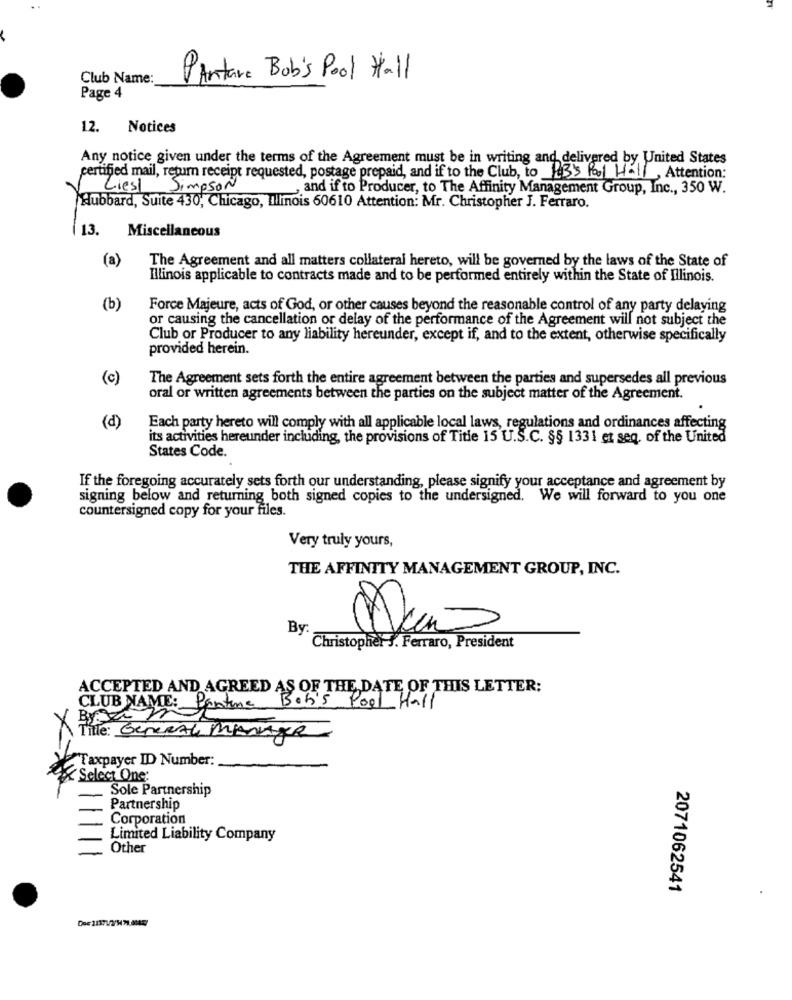
Club Name:
PARtare Bob's Pool Hall
Page 4
12.
Notices
Any notice given under the terms of the Agreement must be in writing and delivered by United States
certified mail, return receipt requested, postage prepaid, and if to the Club, to 13's Pool Hall, Attention:
Liest Simpson
and if to Producer, to The Affinity Management Group, Inc ., 350 W.
Hubbard, Suite 430, Chicago, Illinois 60610 Attention: Mr. Christopher J. Ferraro.
Miscellaneous
(a)
The Agreement and all matters collateral hereto, will be governed by the laws of the State of
Illinois applicable to contracts made and to be performed entirely within the State of Illinois.
(b)
Force Majeure, acts of God, or other causes beyond the reasonable control of any party delaying
or causing the cancellation or delay of the performance of the Agreement will not subject the
Club or Producer to any liability hereunder, except if, and to the extent, otherwise specifically
provided herein.
(c)
The Agreement sets forth the entire agreement between the parties and supersedes all previous
oral or written agreements between the parties on the subject matter of the Agreement.
(d)
Each party hereto will comply with all applicable local laws, regulations and ordinances affecting
its activities hereunder including, the provisions of Title 15 U.S.C. §§ 1331 et seq, of the United
States Code.
If the foregoing accurately sets forth our understanding, please signify your acceptance and agreement by
signing below and returning both signed copies to the undersigned. We will forward to you one
countersigned copy for your files.
Very truly yours,
THE AFFINITY MANAGEMENT GROUP, INC.
By
Não
Christopher 3. Ferraro, President
ACCEPTED AND AGREED AS OF THE DATE OF THIS LETTER:
CLUB NAME: Pentine
Title: General Manager
Taxpayer ID Number:
Select One:
Sole Partnership
Partnership
Corporation
Limited Liability Company
Other
2071062541